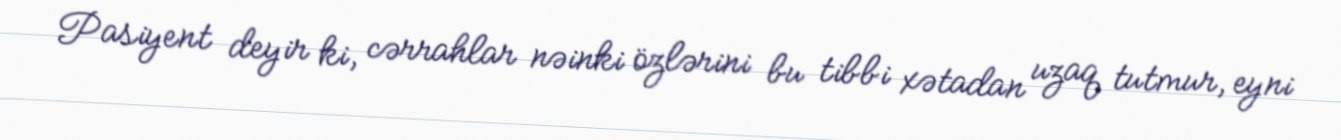
Pasiyent deyir ki, cərrahlar nəinki özlərini bu tibbi xətadan uzaq tutmur, eyni